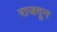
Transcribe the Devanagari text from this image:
राजदून